Vaccination Hyderabad 1890-1903 - 1890-1903
Year: 1890
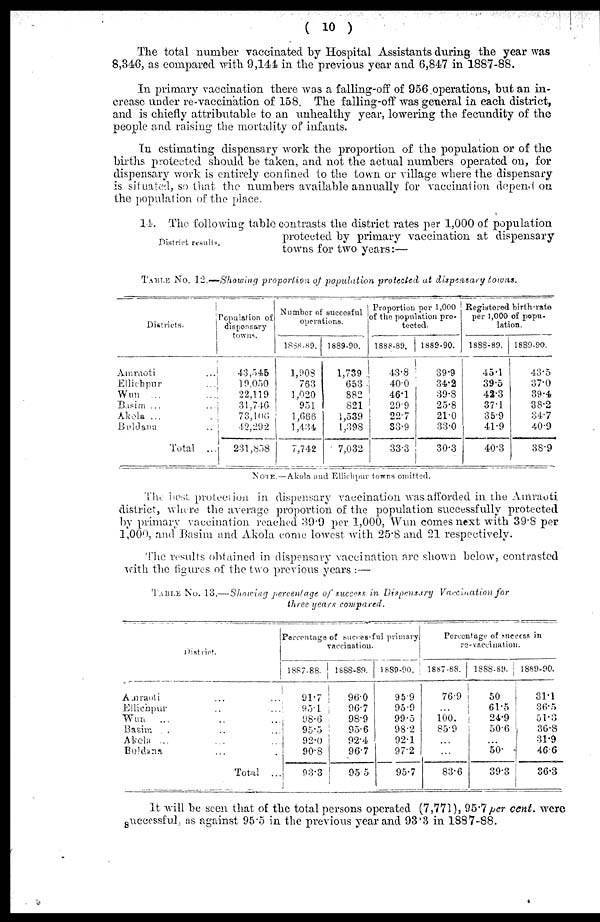
( 10 )
The total number vaccinated by Hospital Assistants during the year was
8,346, as compared with 9,144 in the previous year and 6,847 in 1887-88.
In primary vaccination there was a falling-off of 956 operations, but an in-
crease under re-vaccination of 158. The falling-off was general in each district,
and is chiefly attributable to an unhealthy year, lowering the fecundity of the
people and raising the mortality of infants.
In estimating dispensary work the proportion of the population or of the
births protected should be taken, and not the actual numbers operated on, for
dispensary work is entirely confined to the town or village where the dispensary
is situated, so that the numbers available annually for vaccination depend on
the population of the place.
District results.
14. The following table contrasts the district rates per 1,000 of population
protected by primary vaccination at dispensary
towns for two years:—
TABLE No. 12.—Showing proportion of population protected at dispensary
towns.
Districts.
Amraoti ...
Ellichpur ...
Wun ... ...
Bapim ... ...
Akola ... ...
Buldana ... ...
Total ...
Population of
dispensary
towns.
43,545
19,050
22,119
31,746
73,106
42,292
231,858
Number of succeeful
operations.
1858-89.
1,908
763
1,020
951
1,066
1,434
7,742
1889-90.
1,739
653
882
821
1,539
1,398
7,032
Proportion per 1,000
of the population pro-
tected.
1888-89.
43.8
40.0
46.1
29.9
227
33.9
33.3
1889-90.
39.9
34.2
39.8
25.8
21.0
33.0
30.3
Registered birth-rate
per 1,000 of popu-
lation.
1888-89.
45.1
39.5
42.3
37.1
359
41.9
40.3
1889-90.
43.5
37.0
39.4
38.2
34.7
40.9
38.9
NOTE. — Akola and Ellichpur towns omitted.
The best protection in dispensary vaccination was afforded in the Amraoti
district, where the average proportion of the population successfully protected
by primary vaccination reached 39.9 per 1,000, Wun comes next with 39.8 per
1,000, and Basim and Akola come lowest with 25.8 and 21 respectively.
The results obtained in dispensary vaccination are shown below, contrasted
with the figures of the two previous years :—
TABLE No. 13.—Showing percentage of success in Dispensary Vaccination for
three years
compared.
District.
Amraoti ... ...
Ellichpur ... ...
Wun
... ...
Basim. ... ...
Akela ...
Buldana ...
Total ...
Percentage of succesful primary
Vaccination.
1887-88.
91.7
95.1
98.6
95.5
92.0
90.8
933
1888-89.
96.0
96.7
98.9
95.6
92.4
96.7
955
1889-90.
959
95.9
99.5
98.2
92.1
97.2
95.7
Percentage of success in
re-vaccination.
1887-68.
76.9
...
100.
85.9
...
...
83.6
1888-89.
50
61.5
24.9
50.6
...
50
393
1889-90.
31.1
36.5
51.3
36.8
31.9
46.6
36.3
It will be seen that of the total persons operated (7,771), 95.7 per cent. were
successful, as against 95.5 in the previous year and 93.3 in 1887-88.